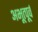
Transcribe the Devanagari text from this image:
अभूत्पूर्व